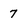
Character: 7